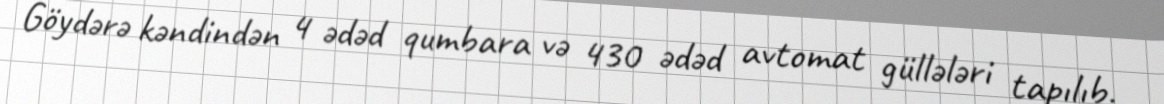
Göydərə kəndindən 4 ədəd qumbara və 430 ədəd avtomat güllələri tapılıb.